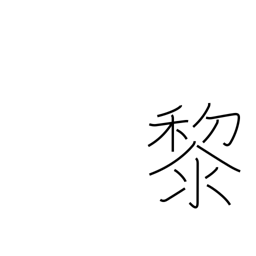
Meaning: dark